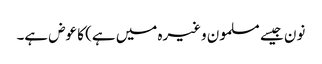
نون جیسے مسلمون وغیرہ میں ہے) کا عوض ہے۔